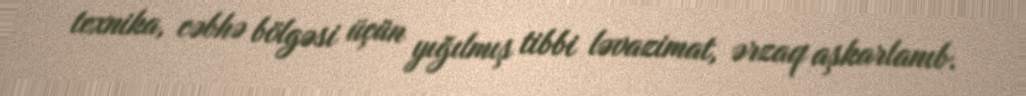
texnika, cəbhə bölgəsi üçün yığılmış tibbi ləvazimat, ərzaq aşkarlanıb.